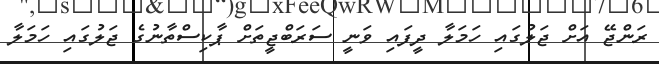
ރަންޖޭ އަށް ޖަލުގައި ހަމަލާ ދީފައި ވަނީ ސަރަބްޖީތަށް ޕާކިސްތާނުގެ ޖަލުގައި ހަމަލާ